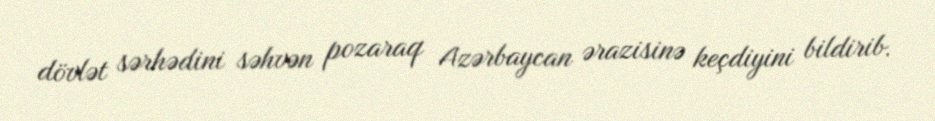
dövlət sərhədini səhvən pozaraq Azərbaycan ərazisinə keçdiyini bildirib.